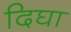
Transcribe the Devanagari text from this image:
दिघा